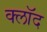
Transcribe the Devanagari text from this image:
क्लॉद